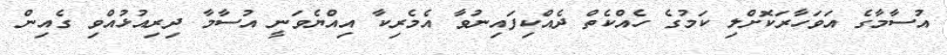
އުސާމާގެ އަވަހާރަކޮށްލި ކަމުގެ ހެއްކެތް ދެއްކިފައިނުވާ އެމެރިކާ އިއްޔެވަނީ އުސާމާ ދިރިއުޅުއްވި ގެއިން